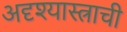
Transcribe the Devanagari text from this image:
अदृश्यास्त्राची